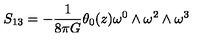
S _ { 1 3 } = - \frac { 1 } { 8 { \pi } G } { \theta } _ { 0 } ( z ) { \omega } ^ { 0 } \wedge { \omega } ^ { 2 } \wedge { \omega } ^ { 3 }